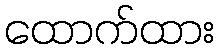
ထောက်ထား